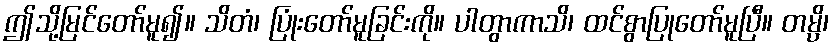
ဤသို့မြင်တော်မူ၍။ သိတံ၊ ပြုံးတော်မူခြင်းကို။ ပါတွာကာသိ၊ ထင်စွာပြုတော်မူပြီ။ တမ္ပိ၊